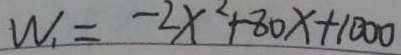
W _ { 1 } = - 2 x ^ { 2 } + 8 0 x + 1 0 0 0